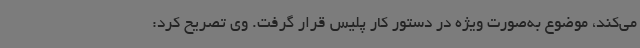
می‌کند، موضوع به‌صورت ویژه در دستور کار پلیس قرار گرفت. وی تصریح کرد: